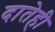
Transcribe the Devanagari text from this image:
दातेही